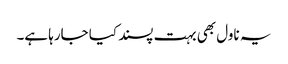
یہ ناول بھی بہت پسند کیا جارہا ہے۔